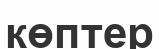
көптер